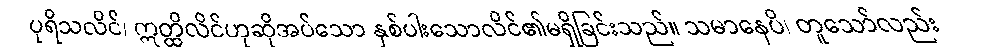
ပုရိသလိင်၊ ဣတ္ထိလိင်ဟုဆိုအပ်သော နှစ်ပါးသောလိင်၏မရှိခြင်းသည်။ သမာနေပိ၊ တူသော်လည်း